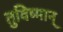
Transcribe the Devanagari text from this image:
तुविष्मान्